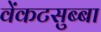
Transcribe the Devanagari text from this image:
वेंकटसुब्बा